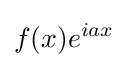
f(x)e^{iax}